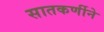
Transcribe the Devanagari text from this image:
सातकर्णीने